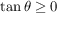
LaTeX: \tan \theta \geq 0